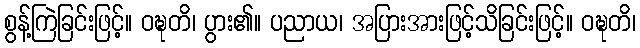
စွန့်ကြဲခြင်းဖြင့်။ ဝဍ္ဎတိ၊ ပွား၏။ ပညာယ၊ အပြားအားဖြင့်သိခြင်းဖြင့်။ ဝဍ္ဎတိ၊